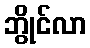
ဘွိုင်လာ